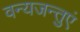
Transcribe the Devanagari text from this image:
वन्यजन्तुएं